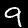
Label: 9